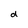
Character: d